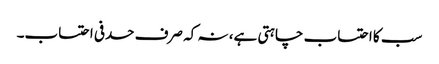
سب کا احتساب چاہتی ہے، نہ کہ صرف حدفی احتساب۔